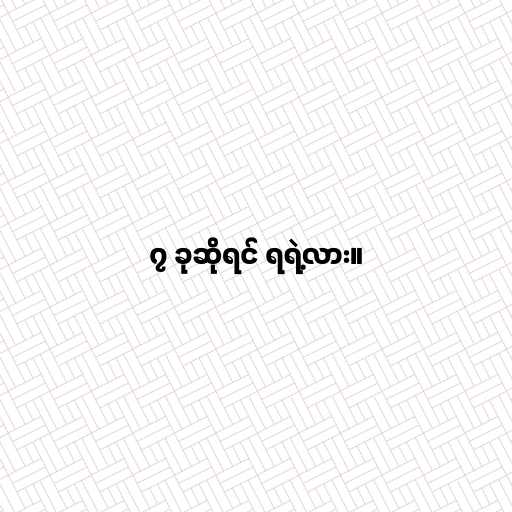
၇ ခုဆိုရင် ရရဲ့လား။